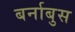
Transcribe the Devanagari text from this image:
बर्नाबुस